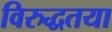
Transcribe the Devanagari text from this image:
विरुद्धतया